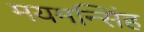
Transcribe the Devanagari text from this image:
मयमन्सिंह